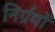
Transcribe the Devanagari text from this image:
निर्ग्रंथों